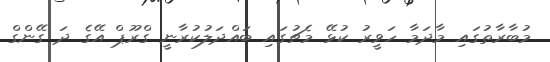
މުބާރާތުގައި މާދަމާ ހަވީރު ކުޅޭ މެޗުގައި ބައްދަލުކުރާނީ ގްރޫޕް އޭގެ ދަ ގޭންގް